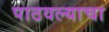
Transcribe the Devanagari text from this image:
पाठवल्याचा